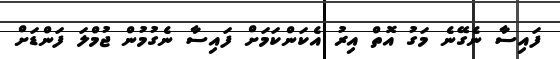
ފައިސާ ނެގޭނެ މަގު އޮތް އިރު އެކަންކަމަށް ފައިސާ ނެގުމުން ޖުމްލަ ފަންޑަށް